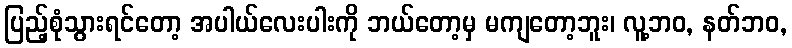
ပြည့်စုံသွားရင်တော့ အပါယ်လေးပါးကို ဘယ်တော့မှ မကျတော့ဘူး၊ လူ့ဘဝ, နတ်ဘဝ,